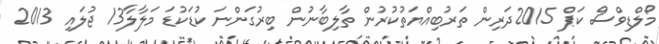
މޯލްޑިވްސް ކަޕް 2015ދަރިން ތަރުބިއްޔަތުކުރުން ތާލިބާނުން ބިރުގަންނަ ކުޑަކުޑަ މަލާލާ13 ޖުލައި 2013